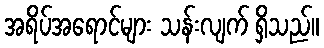
အရိပ်အရောင်များ သန်းလျက် ရှိသည်။